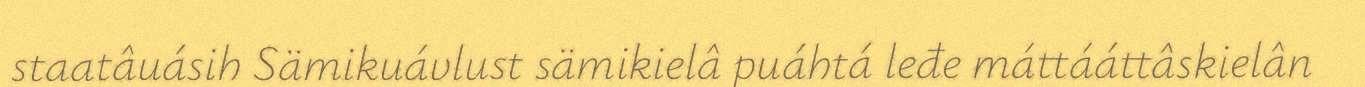
staatâuásih Sämikuávlust sämikielâ puáhtá leđe máttááttâskielân